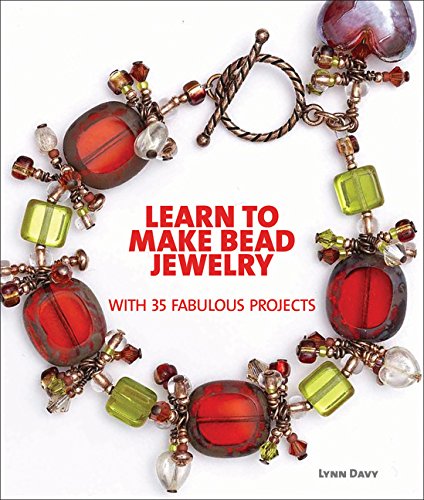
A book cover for Learn to Make Bead Jewelry with 35 Fabulous Projects; Lynn Davy; Crafts, Hobbies & Home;